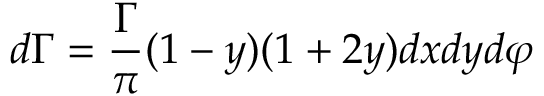
d \Gamma = { \frac { \Gamma } { \pi } } ( 1 - y ) ( 1 + 2 y ) d x d y d \varphi